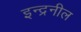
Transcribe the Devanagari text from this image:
इन्द्रनील